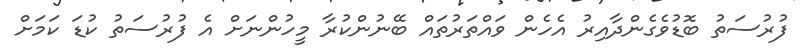
ފުރުސަތު ބޮޑުވެގެންދާއިރު އެހެން ވައްތަރުތައް ބޭނުންކުރާ މީހުންނަށް އެ ފުރުސަތު ކުޑަ ކަމަށް